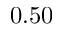
0 . 5 0